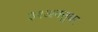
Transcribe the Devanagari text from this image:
३१अक्तुबर